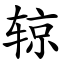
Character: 辌